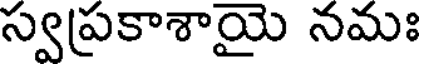
స్వప్రకాశాయై నమః